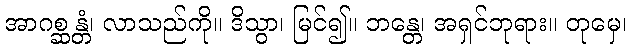
အာဂစ္ဆန္တံ၊ လာသည်ကို။ ဒိသွာ၊ မြင်၍။ ဘန္တေ၊ အရှင်ဘုရား။ တုမှေ၊